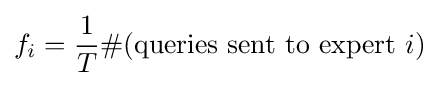
f_{i}={\frac {1}{T}}\#({\text{queries sent to expert }}i)